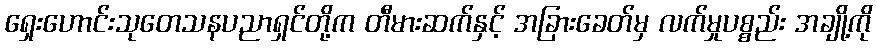
ရှေးဟောင်းသုတေသနပညာရှင်တို့က တီမားဆက်နှင့် အခြားခေတ်မှ လက်မှုပစ္စည်း အချို့ကို